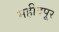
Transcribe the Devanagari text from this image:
महीदपूर